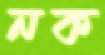
নক